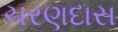
ચરણદાસ